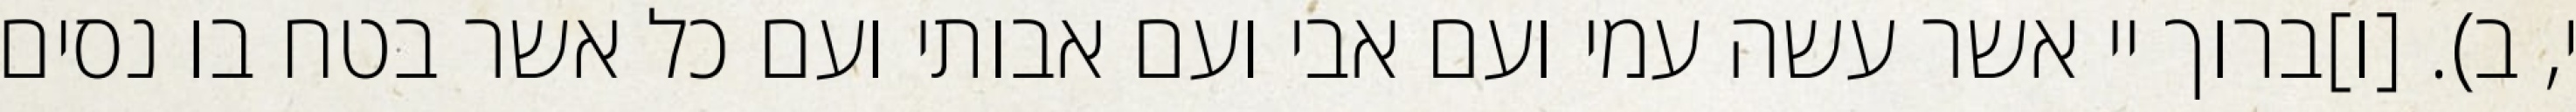
י, ב). [ו]ברוך יי אשר עשה עמי ועם אבי ועם אבותי ועם כל אשר בטח בו נסים